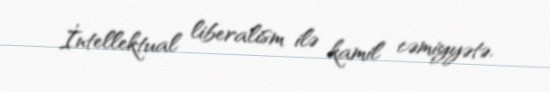
İntellektual liberalism ilə kamil cəmiyyətə.